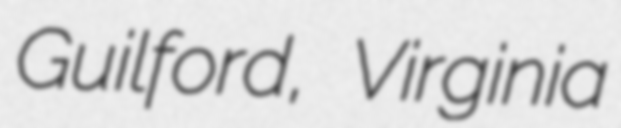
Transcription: Guilford, Virginia